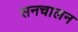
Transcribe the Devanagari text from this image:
सनचालन